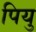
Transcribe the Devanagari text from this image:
पियु